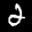
Label: 2